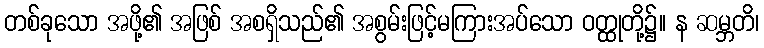
တစ်ခုသော အဖို့၏ အဖြစ် အစရှိသည်၏ အစွမ်းဖြင့်မကြားအပ်သော ဝတ္ထုတို့၌။ န ဆမ္ဘတိ၊